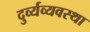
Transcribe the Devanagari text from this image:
दुर्व्यव्यवस्था